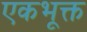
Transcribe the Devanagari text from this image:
एकभूक्त